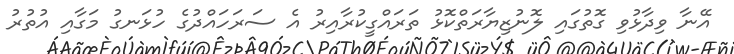
އޭނާ ވިދާޅުވި ގޮތުގައި ލޮނުޒިޔާރަތްކޮޅު ތަރައްގީކުރާއިރު އެ ސަރަހައްދުގެ ހުޅަނގު މަގާއި އުތުރު